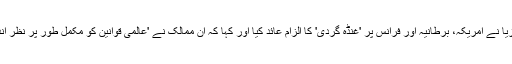
واسیلی نبینزیا نے امریکہ، برطانیہ اور فرانس پر 'غنڈہ گردی' کا الزام عائد کیا اور کہا کہ ان ممالک نے 'عالمی قوانین کو مکمل طور پر نظر انداز کیا ہے۔